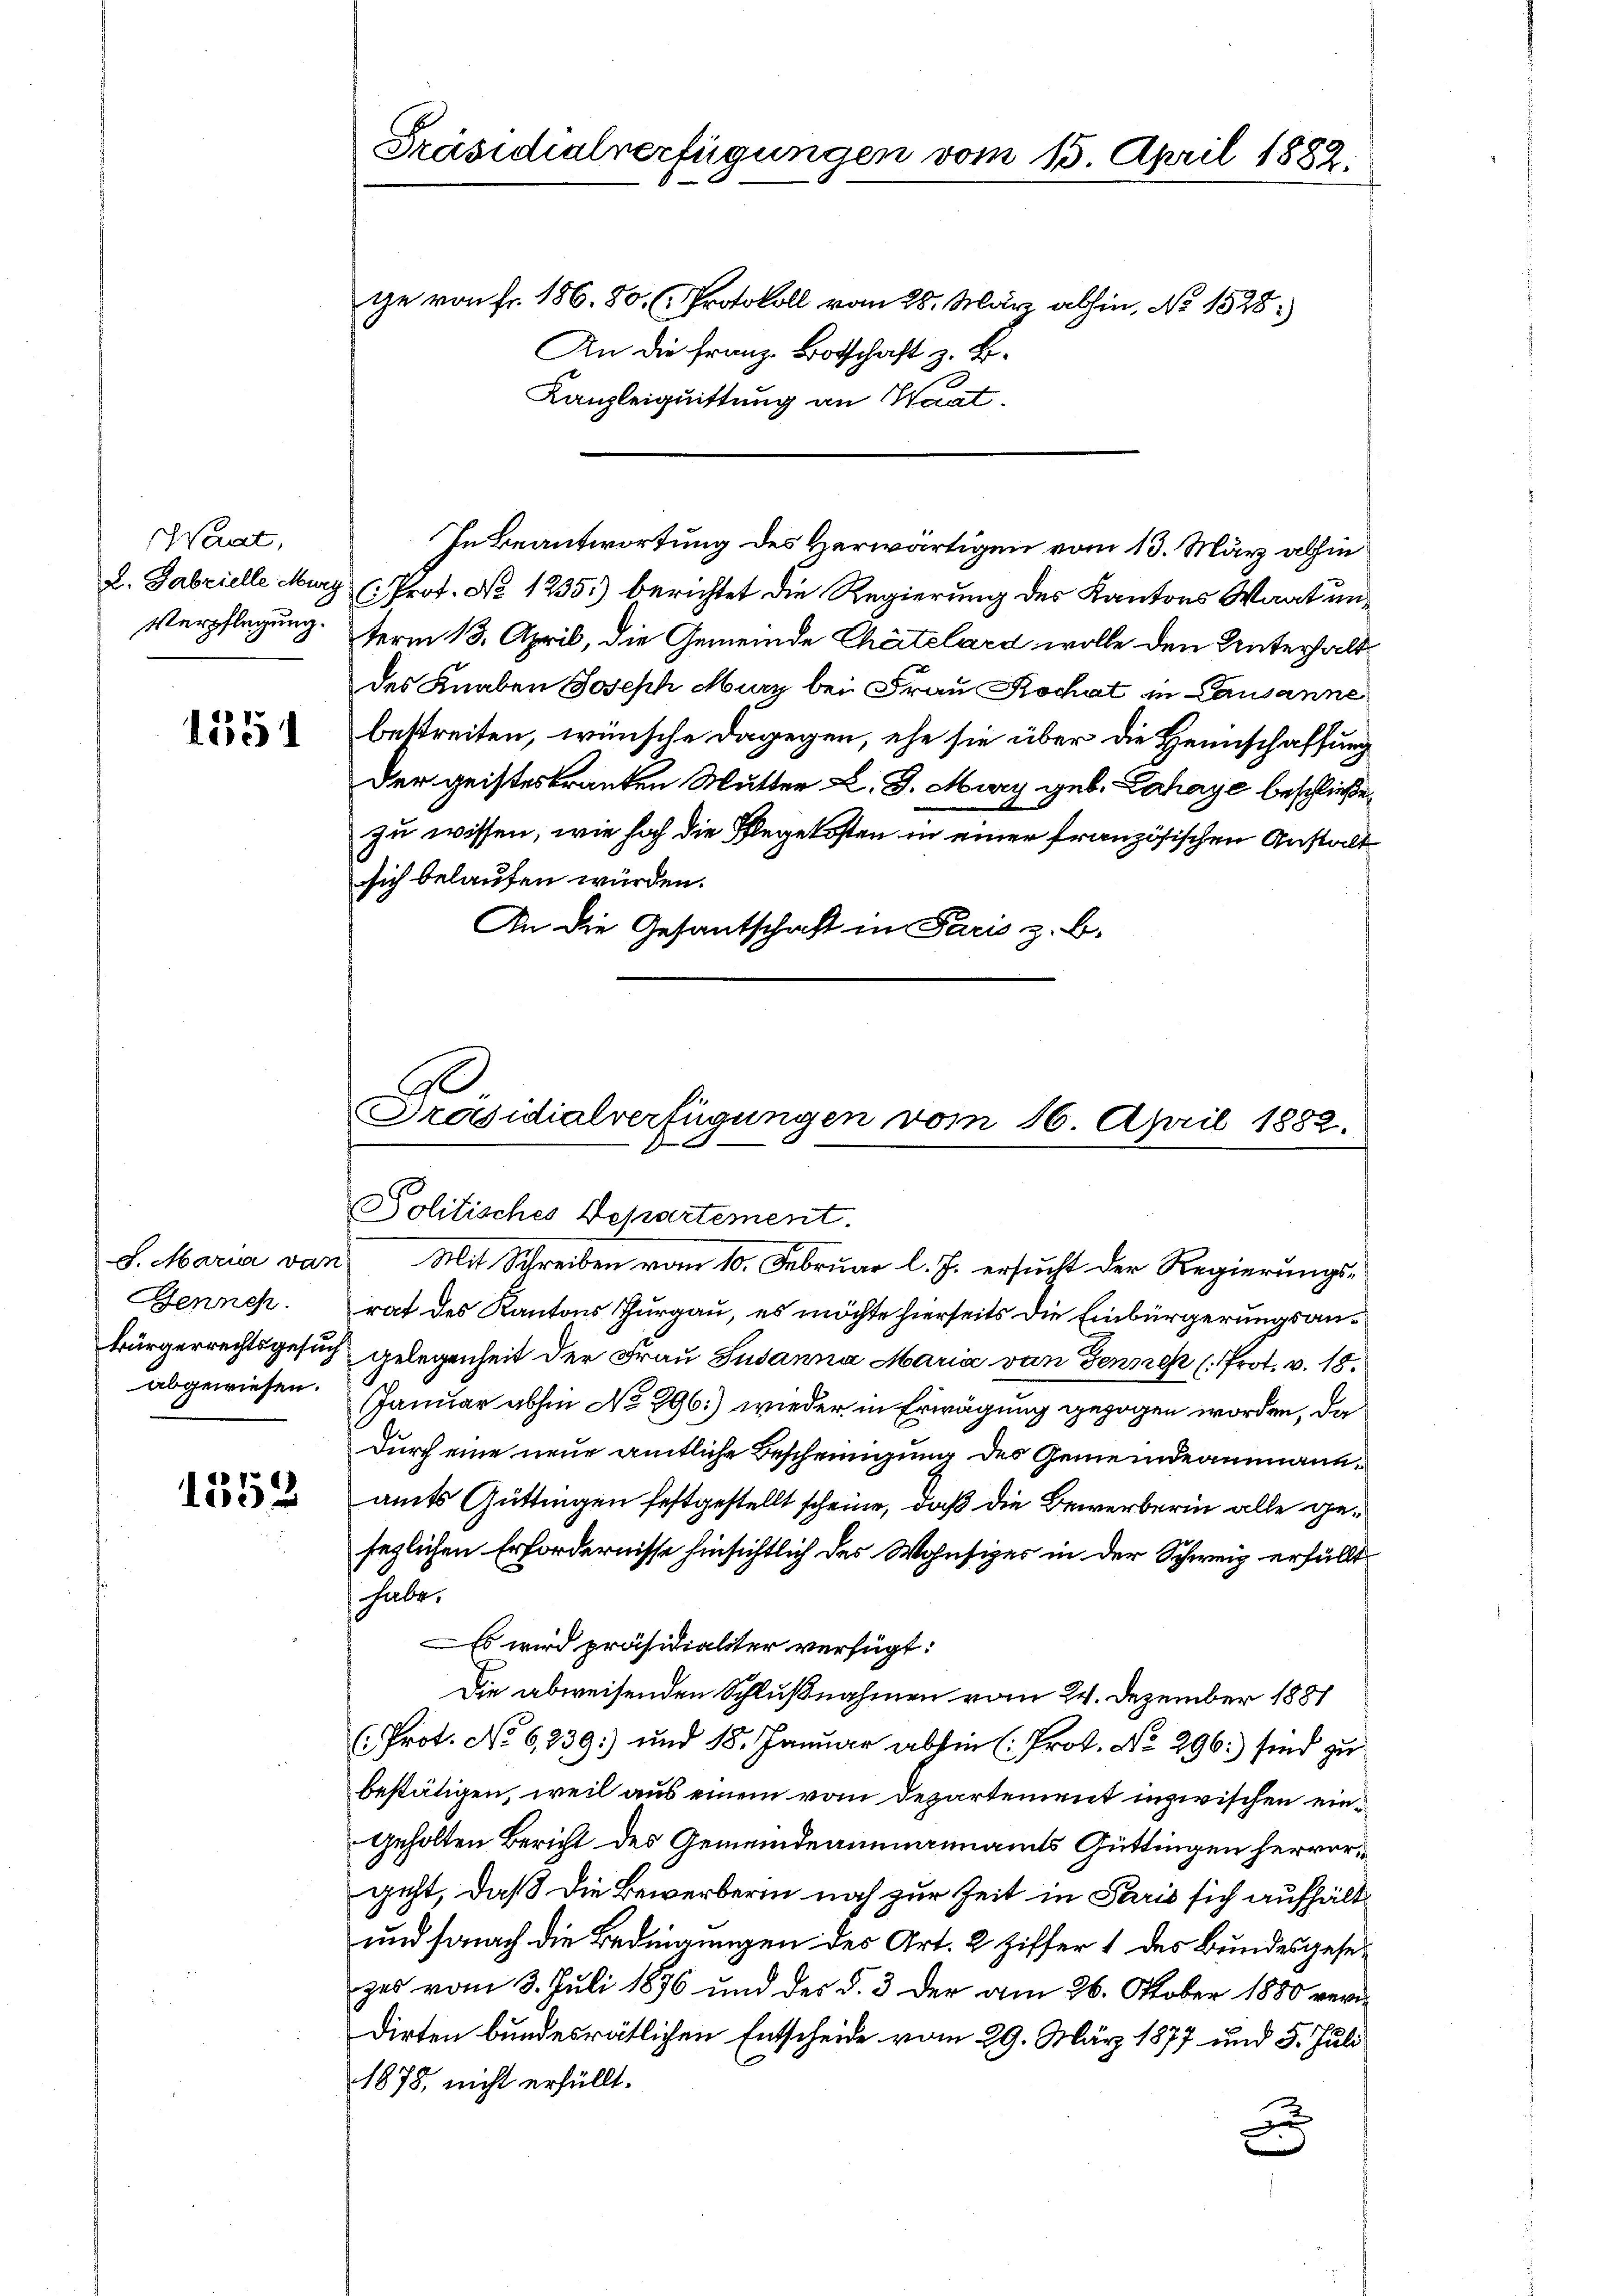
aat,
L. Gabzielle Marg
Verpflegung.

1351

Jenneh

Präsidialverfügungen vom 15. April 1882.
te von fr. 1868. Protokoll vom 28. März abhin, No 1528.
An die Franz Botschaft z. B.
Kanzleiquittung an Waat.

In Beantwortung des Herwärtigen vom 13. März abhin
Prof. No 1235.) berichtet die Regierung der Kantons Waat unterm 13. April, die Gemeinde Chartelard wolle den Unterhalt
des Knaben Joseph Murz bei Frau Kochat in Lausanne
bestreiten, wünsche dagegen, ehe sie über die Heimschaffung
Der geisteskranken Mutter L. J. März geb. Lahaye beschließe
zu wissen, wie hoch die Pflegekosten in einer französischen Anstalt
sich belaufen würden.
An die Gesantschaft in Paris z. B.

B
Präsidialverfügungen vom 16. April 1882.
Politisches Departement.

S. Maria van Mit Schreiben vom 10. Februar l. J. ersucht der Regierungsrat des Kantons Thurgau, es möchte hierseits die Einbürgerungsan¬
Bürgerrechtsgesuch gelegenheit der Frau Susanna Maria von Gensch (Prot. v. 18.
abgewiesen. Januar abhin No 896.) wieder in Erwägung gezogen worden, da
Durch eine neue amtliche Bescheinigung des Gemeindeammann¬
 amts Güttingen festgestellt scheine, daß die Bewerberin alle geseglichen Erfordernisse hinsichtlich des Wohnsiges in der Schweiz erfüllt.
habe.
Es wird präsidialiter verfügt:
Die abweisenden Schlußnahmen vom 24. Dezember 1881
(Prot. No 6239) und 18. Januar abhin (Prot. No. 296.) sind zu
bestätigen, weil aus einem vom Departement inzwischen eingeholten Bericht des Gemeindeammannamts Güttingen hervorgeht, daß die Bewerberin noch zur Zeit in Paris sich aufhält
und sonach die Bedingungen des Art. 2 Ziffer 1 des Bundesgesezes vom 3. Juli 1876 und des §. 3 der am 26. Oktober 1880 veridirten bundesrätlichen Entscheide vom 29. März 1877 und 5. Juli
1878 nicht erfüllt.
c